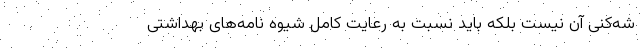
شه‌کنی آن نیست بلکه باید نسبت به رعایت کامل شیوه نامه‌های بهداشتی